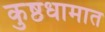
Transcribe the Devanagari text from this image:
कुष्ठधामात